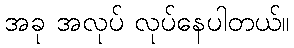
အခု အလုပ် လုပ်နေပါတယ်။